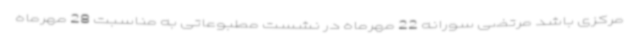
مرکزی باشد مرتضی سورانه 22 مهرماه در نشست مطبوعاتی به مناسبت 28 مهرماه